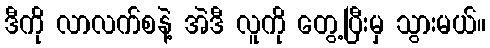
ဒီကို လာလက်စနဲ့ အဲဒီ လူကို တွေ့ပြီးမှ သွားမယ်။